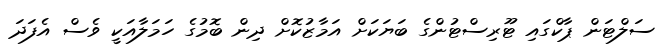
ސަލްޓަން ޕާކްގައި ޓޫރިސްޓުންގެ ބަޔަކަށް އަމާޒުކޮށް ދިން ބޮމުގެ ހަމަލާއަކީ ވެސް އެފަދަ